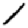
Digit: 1